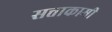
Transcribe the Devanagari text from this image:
सत्ताकामी